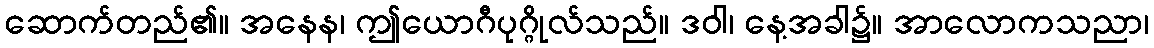
ဆောက်တည်၏။ အနေန၊ ဤယောဂီပုဂ္ဂိုလ်သည်။ ဒဝါ၊ နေ့အခါ၌။ အာလောကသညာ၊